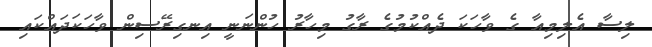
ލިސާ އެލިމިއާ ގެ ވާހަކަ ދެއްކުމުގެ ރާގު މިހާރު ހުންނަނީ އިނގިރޭސިން ވާހަކަދައްކައި